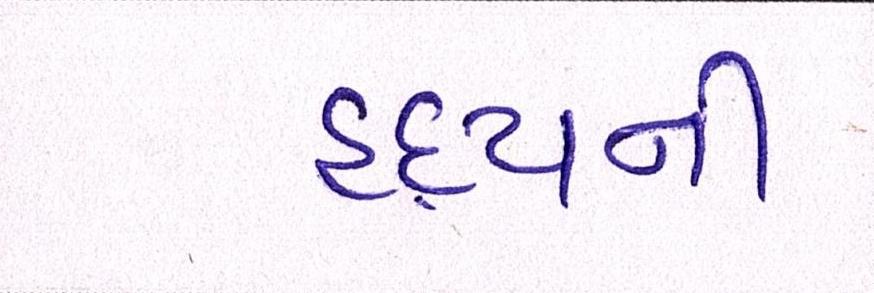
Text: હૃદયની